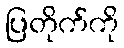
ပြတိုက်ကို